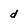
Character: d